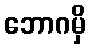
ဘောဂမှိ